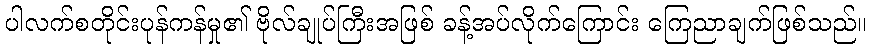
ပါလက်စတိုင်းပုန်ကန်မှု၏ ဗိုလ်ချုပ်ကြီးအဖြစ် ခန့်အပ်လိုက်ကြောင်း ကြေညာချက်ဖြစ်သည်။